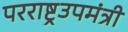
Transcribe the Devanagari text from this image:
परराष्ट्रउपमंत्री